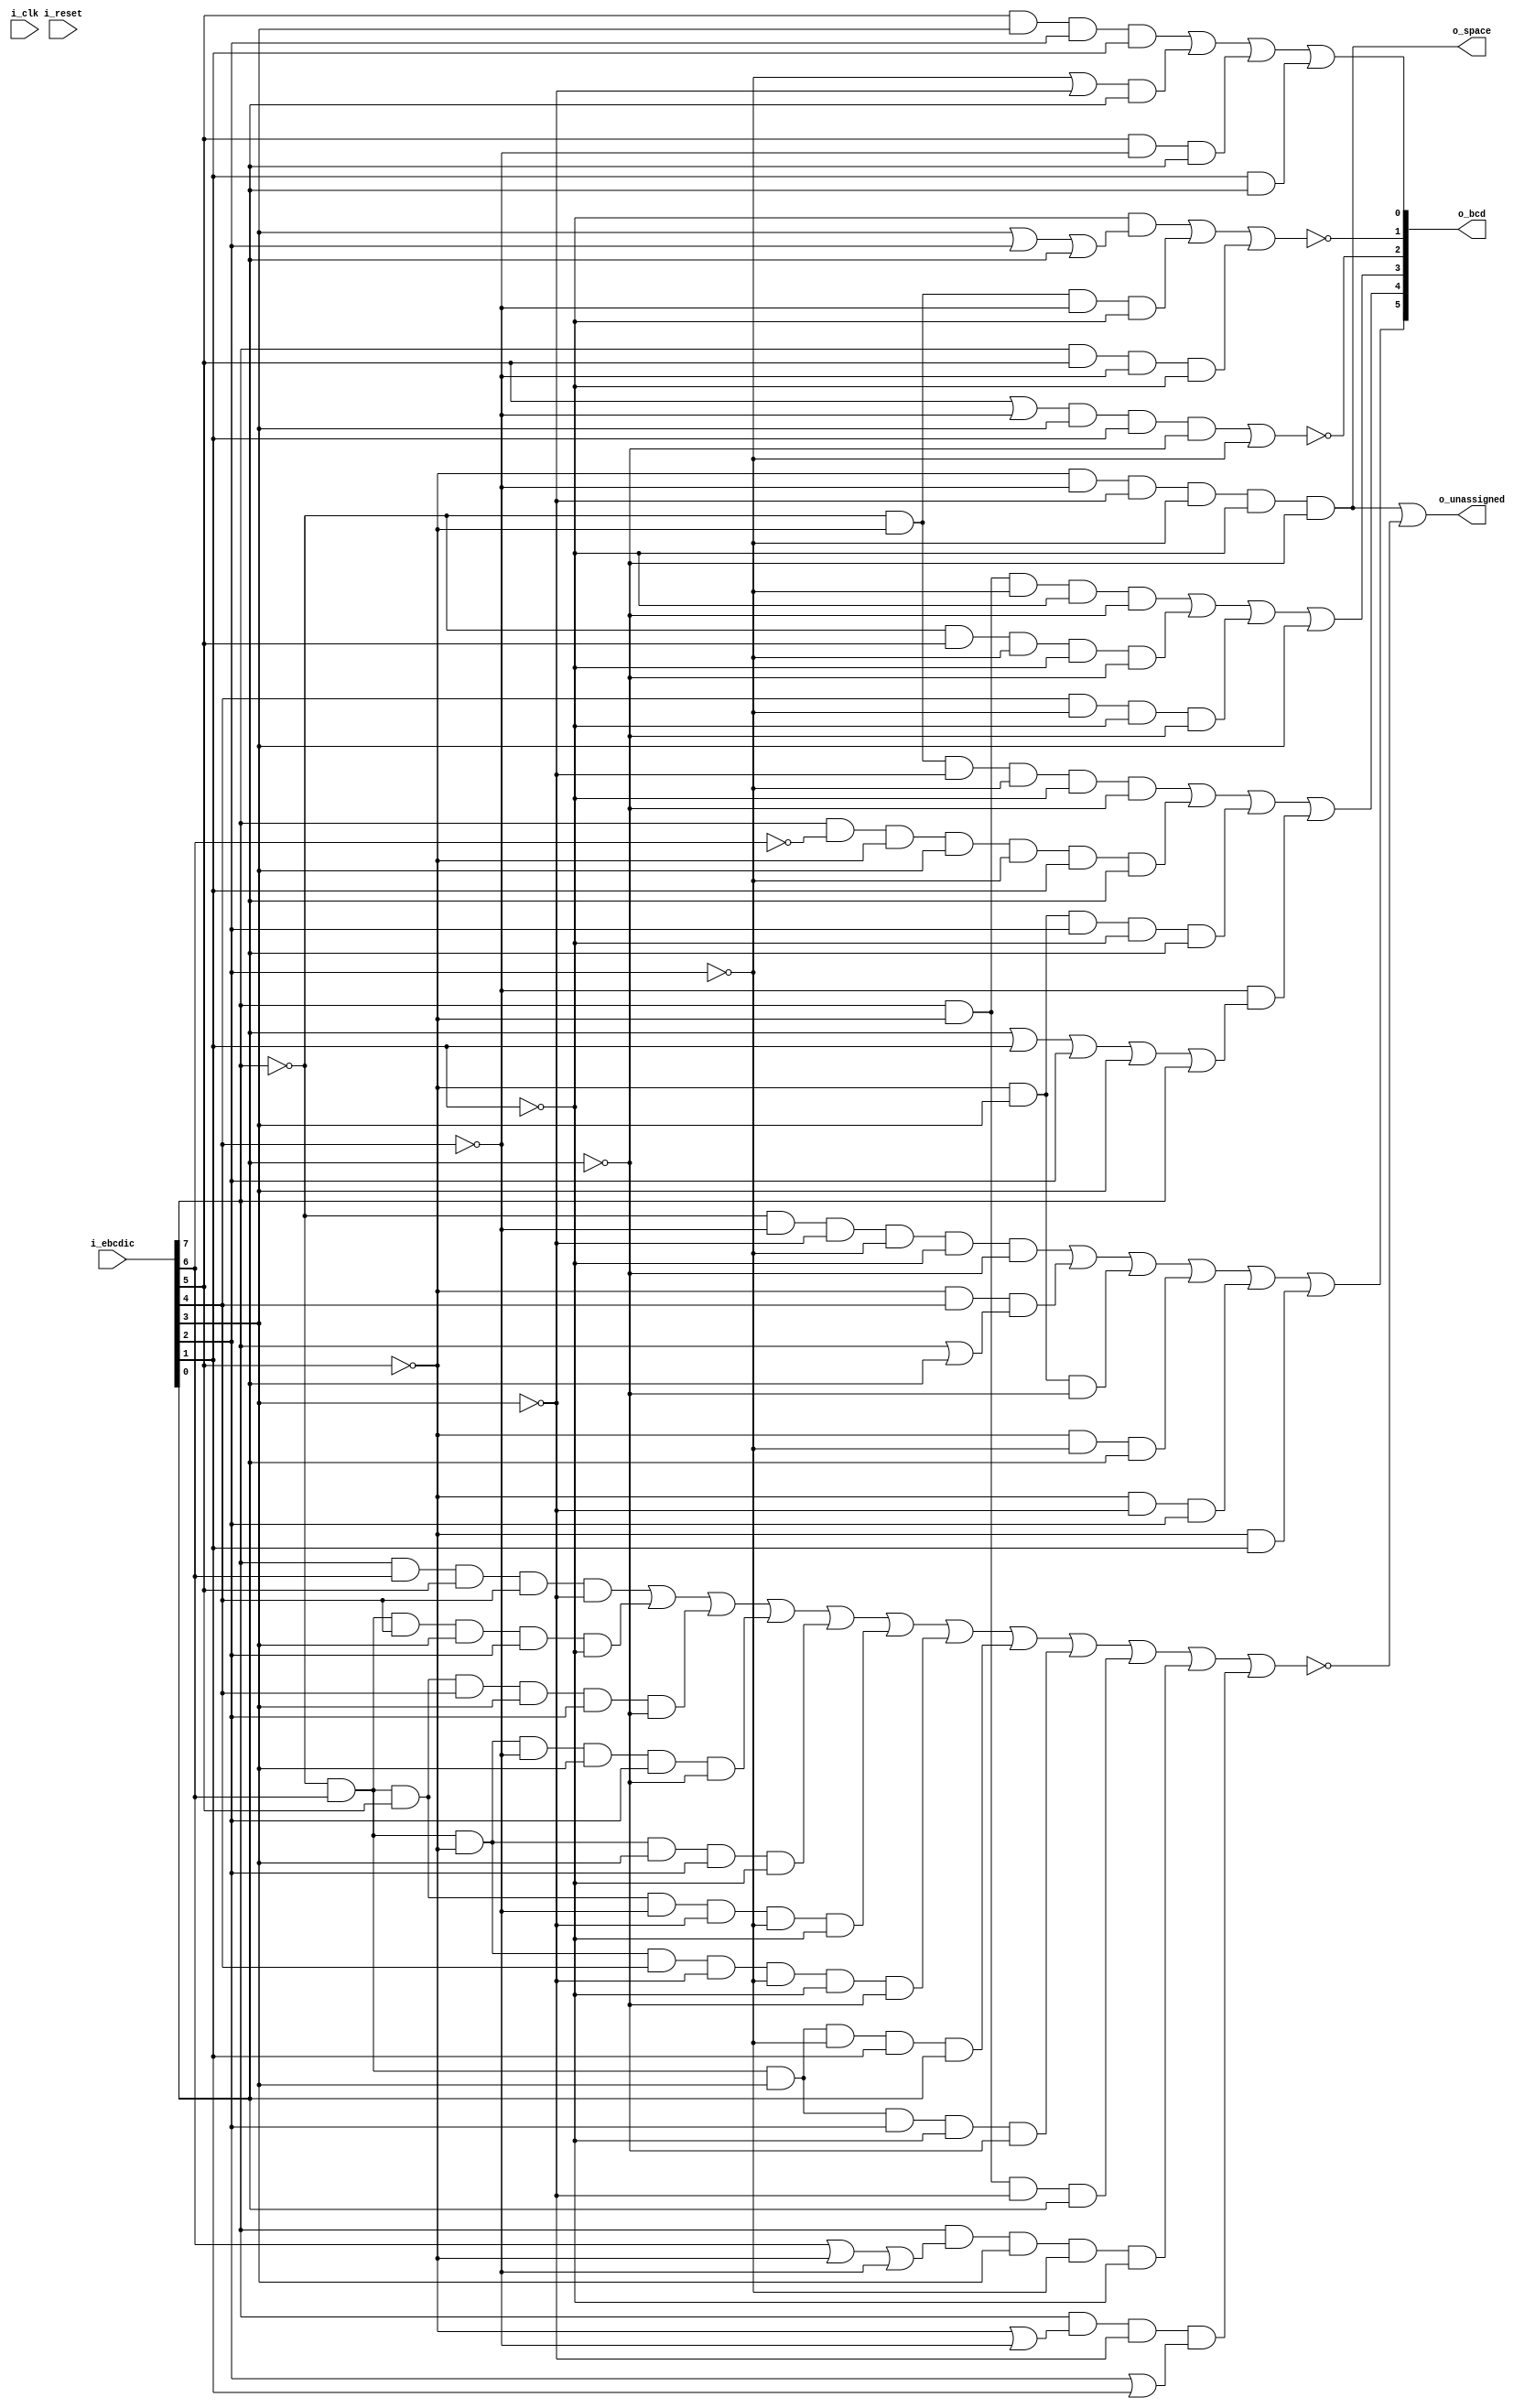
module e2bcd3(i_clk, i_reset,
	i_ebcdic,
	o_bcd,
	o_space,
	o_unassigned);

// verilator lint_off UNUSED
input wire i_clk;
input wire i_reset;
// verilator lint_on UNUSED

input wire [7:0] i_ebcdic;
output wire [5:0] o_bcd;	// bcd encoding
output wire o_space;		// nul or space (or 80 or c0)
output wire o_unassigned;	// no print graphic assigned

// bcd encoding: 1 of 48 values.  {b,a,8,4,2,1}
//	bits 1,2,4,8: binary value: range: 0001-1100
//	bits a,b: binary value 00-11
//	0001 0010 0011 0100 0101 0110 0111 1000 1001 1010 1011 1100
// 00	  1    2    3    4    5    6    7    8    9    0    #    @
// 01	  /    S    T    U    V    W    X    Y    Z    &    ,    %
// 10	  J    K    L    M    N    O    P    Q    R    -    $    *
// 11	  A    B    C    D    E    F    G    H    I    +    .    <
// dual encodings:
//	7b 7e (#=) -> 001011	7c 7d (@') -> 001100
//	6c 4d (%() -> 011100	4c 5d (<)) -> 111100
// 4c usually prints as a square lozenge on AN.

wire rB,rA,r8,r4,r2,r1;
wire e0,e1,e2,e3,e4,e5,e6,e7;

wire z4567;
wire z04567;

assign o_bcd = {rB,rA,r8,r4,r2,r1};

assign {e0,e1,e2,e3,e4,e5,e6,e7} = i_ebcdic;

assign o_space = /* ~e0 & */ ~e2 & ~e3 & ~e4 & ~e5 & ~e6 & ~e7;

assign o_unassigned = o_space | ~(
		e0 & e1 & e2 & e3 & ~e4 |		// 01234567
/*(*/		~e0 & e1 & e3 & e4 & e5 & ~e6 |		// *)@'
		~e0 & e1 & e2 & e3 & e4 & e5 & ~e7 |	// @=
		~e0 & e1 & ~e2 & ~e3 & e4 & e5 & ~e7 |	// <+
		~e0 & e1 & ~e2 & e4 & e5 & ~e6 |	// <(*)
		~e0 & e1 & e2 & ~e3 & ~e4 & ~e5 & ~e6 |	// -/
		~e0 & e1 & ~e2 & e3 & ~e4 & ~e5 & ~e6 & ~e7 |	// &
		~e0 & e1 & e4 & ~e5 & e6 & e7 |		// .$,#
		~e0 & e1 & e4 & e5 & ~e6 & ~e7 |	// <*%@
		e0 & ~e2 & ~e4 & e7 |			// acegjlnpACEGJLNP
		e0 & (e1 | ~e2 | ~e3) & e4 & ~e5 & ~e6 |// 89HIQRYZhiqryz
		e0 & (~e2 | ~e3) & ~e4 & (e5 | e6)	// BCDEFGKLMNOPSTUVWXbcdefgklmnopstuvwx
		);

assign r1 = e2 & e4 & e5 & e6 |		// =
	(~e5 | ~e4) & e7 |		// .$/,#acijlrtzACIJLRTZ139
					// /acegjlnptvxACEGJLNPTVX1357
	e2 & ~e3 & e7 |			// /,tvxzTVXZ
	e6 & e7;			// .$,#cglptxCGLPTX37
assign r2 = ~( ~e6 & (e4 | e5 | e7) |
	~e0 & ~e2 & ~e3 & ~e6 |		// <(
/*)*/		e0 & e2 & ~e3 & ~e6		// uvyzUVYZ
);
assign r4 = ~(	(e2 | ~e3) & e4 & e6 & ~e7 |	// +=
	~e5				// .&$-/,#abchijklqrstyzABCHIJKLQRSTYZ012389
	);
assign r8 = e0 & ~e2 & ~e5 & ~e6 & ~e7 |	// hqHQ
	~e0 & e2 & ~e5 & ~e6 & ~e7 |	// -
	e3 & ~e5 & ~e6 & ~e7 |		// &qQ08
	e4;				// .<(+$*),%#@'=hiqryzHIQRYZ89
assign rA = ~e0 & ~e2 & ~e4 & ~e5 & ~e6 & ~e7 |	// &
	e0 & ~e1 & ~e2 & e4 & ~e5 & e6 & e7 |	// 
	~e2 & e4 &e5 & ~e6 & e7 |		// ()
	~e3 & (e7 | e6 | e5 | e4 | e0);	// %(+,./<ABCDEFGHISTUVWXYZabcdefghistuvwxyz
assign rB = ~e0 & ~e3 & ~e4 & ~e5 & ~e6 & ~e7 |	// -
	~e2 & e3 & (e0 | e7) |			// jklmnopqrJKLMNOPQR
						// $)jlnprJLNPR
	~e2 & e4 & ~e7 |			// <+*hqHQ
	~e2 & ~e5 & e7 |			// .$acijlrACIJLR
	~e2 & ~e4 & e5 |			// defgmnopDEFGMNOP
	~e2 & e6;				// .+$bcfgklopBCFGKLOP

endmodule